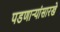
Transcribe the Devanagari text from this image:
पडणाऱ्यांसारखे